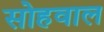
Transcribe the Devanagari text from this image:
सोहवाल